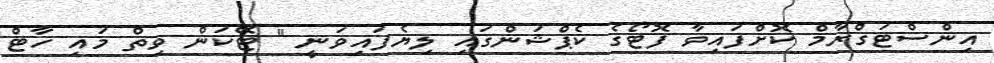
އިންސްޓަގްރާމް ކޮށްފައިވާ ފޮޓޯގެ ކެޕްޝަންގައި ލިޔެފައިވަނީ " ޓޭކަން ވިތް މައި ހާޓް